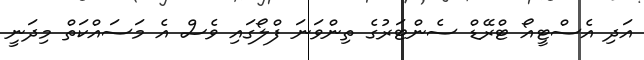
އަދި އެސްޓީއޯ ޓްރޭޑް ސެންޓަރުގެ ތިންވަނަ ފްލޯގައި ވެސް އެ މަސައްކަތް މިދަނީ